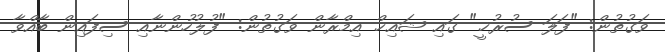
ވަގުތުން: "ފަލަ ސުރުޚީ" ގައި ޝައިޚް އިމްރާން ވަގުތުން: "ފުލުހުންނާއި ސިފައިން ބާއްވާ